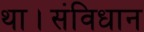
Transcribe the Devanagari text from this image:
था।संविधान